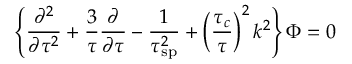
\left\{ { \frac { \partial ^ { 2 } } { \partial \tau ^ { 2 } } } + { \frac { 3 } { \tau } } { \frac { \partial } { \partial \tau } } - { \frac { 1 } { \tau _ { \mathrm { s p } } ^ { 2 } } } + \left( { \frac { \tau _ { c } } { \tau } } \right) ^ { 2 } k ^ { 2 } \right\} { \Phi } = 0